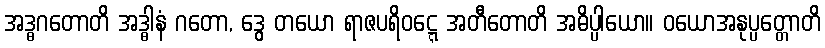
အဒ္ဓဂတောတိ အဒ္ဓါနံ ဂတော, ဒွေ တယော ရာဇပရိဝဋ္ဋေ အတီတောတိ အဓိပ္ပါယော။ ဝယောအနုပ္ပတ္တောတိ